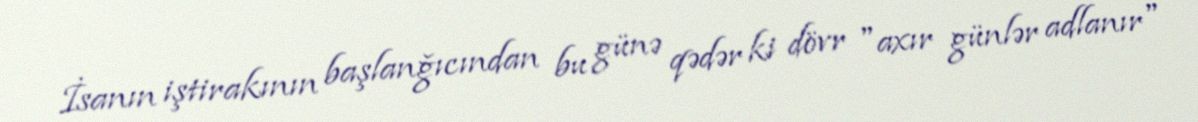
İsanın iştirakının başlanǧıcından bu günə qədər ki dövr "axır günlər adlanır"